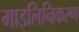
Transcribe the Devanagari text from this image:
माइलिनिकरण